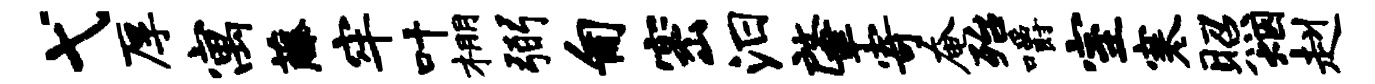
弋厚寓藤牢叶棚弼匍密汨肇寄奄殆嚼室寒照烟赳